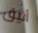
أنيق